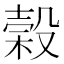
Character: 榖